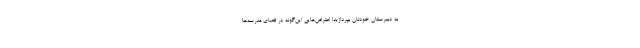
به دبیرستان خودتان بپردازید! اعتراض‌هایی این‌گونه در فضای مدرسه‌ها